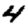
Digit: 4